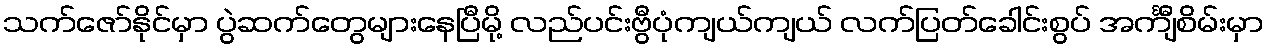
သက်ဇော်နိုင်မှာ ပွဲဆက်တွေများနေပြီမို့ လည်ပင်းဗွီပုံကျယ်ကျယ် လက်ပြတ်ခေါင်းစွပ် အင်္ကျီစိမ်းမှာ